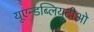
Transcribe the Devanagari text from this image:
यूएन्डब्लियुटीओ